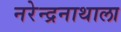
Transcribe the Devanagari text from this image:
नरेन्द्रनाथाला